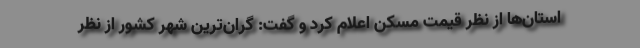
استان‌ها از نظر قیمت مسکن اعلام کرد و گفت: گران‌ترین شهر کشور از نظر